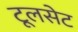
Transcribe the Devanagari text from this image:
टूलसेट